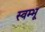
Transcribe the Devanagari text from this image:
स्वम्भू